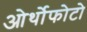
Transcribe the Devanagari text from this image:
ओर्थोफोटो